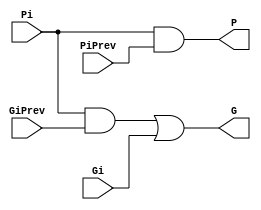
`timescale 1ns / 1ps
//////////////////////////////////////////////////////////////////////////////////
// Company: 
// Engineer: 
// 
// Design Name: 
// Module Name:    BigCircle 
// Project Name: 
// Target Devices: 
// Tool versions: 
// Description: 
//
// Dependencies: 
//
// Revision: 
// Revision 0.01 - File Created
// Additional Comments: 
//
//////////////////////////////////////////////////////////////////////////////////
module BigCircle(output G, P, input Gi, Pi, GiPrev, PiPrev);
  
  wire e;
  and #(1) (e, Pi, GiPrev);
  or #(1) (G, e, Gi);
  and #(1) (P, Pi, PiPrev);
  
endmodule